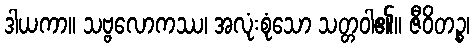
ဒါယကာ။ သဗ္ဗလောကဿ၊ အလုံးစုံသော သတ္တဝါ၏။ ဇီဝိတဉ္စ၊